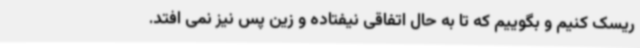
ریسک کنیم و بگوییم که تا به حال اتفاقی نیفتاده و زین پس نیز نمی افتد.